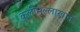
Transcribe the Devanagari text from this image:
कलीमुल्लाखान